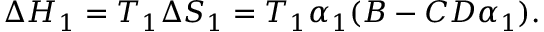
\Delta { H _ { 1 } } = T _ { 1 } \Delta { S _ { 1 } } = T _ { 1 } \alpha _ { 1 } ( B - C D \alpha _ { 1 } ) .